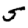
Digit: 5